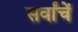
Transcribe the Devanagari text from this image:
सर्वांचें